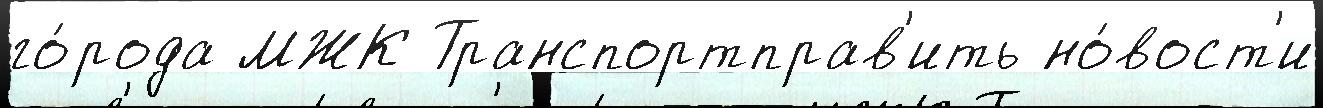
го́рода МЖК Транспортправ'ить но́вост'и